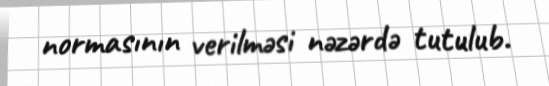
normasının verilməsi nəzərdə tutulub.